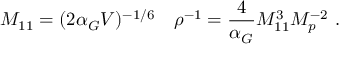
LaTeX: M _ { 1 1 } = ( 2 \alpha _ { G } V ) ^ { - 1 / 6 } \quad \rho ^ { - 1 } = { \frac { 4 } { \alpha _ { G } } } M _ { 1 1 } ^ { 3 } M _ { p } ^ { - 2 } \ .